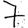
Digit: 7